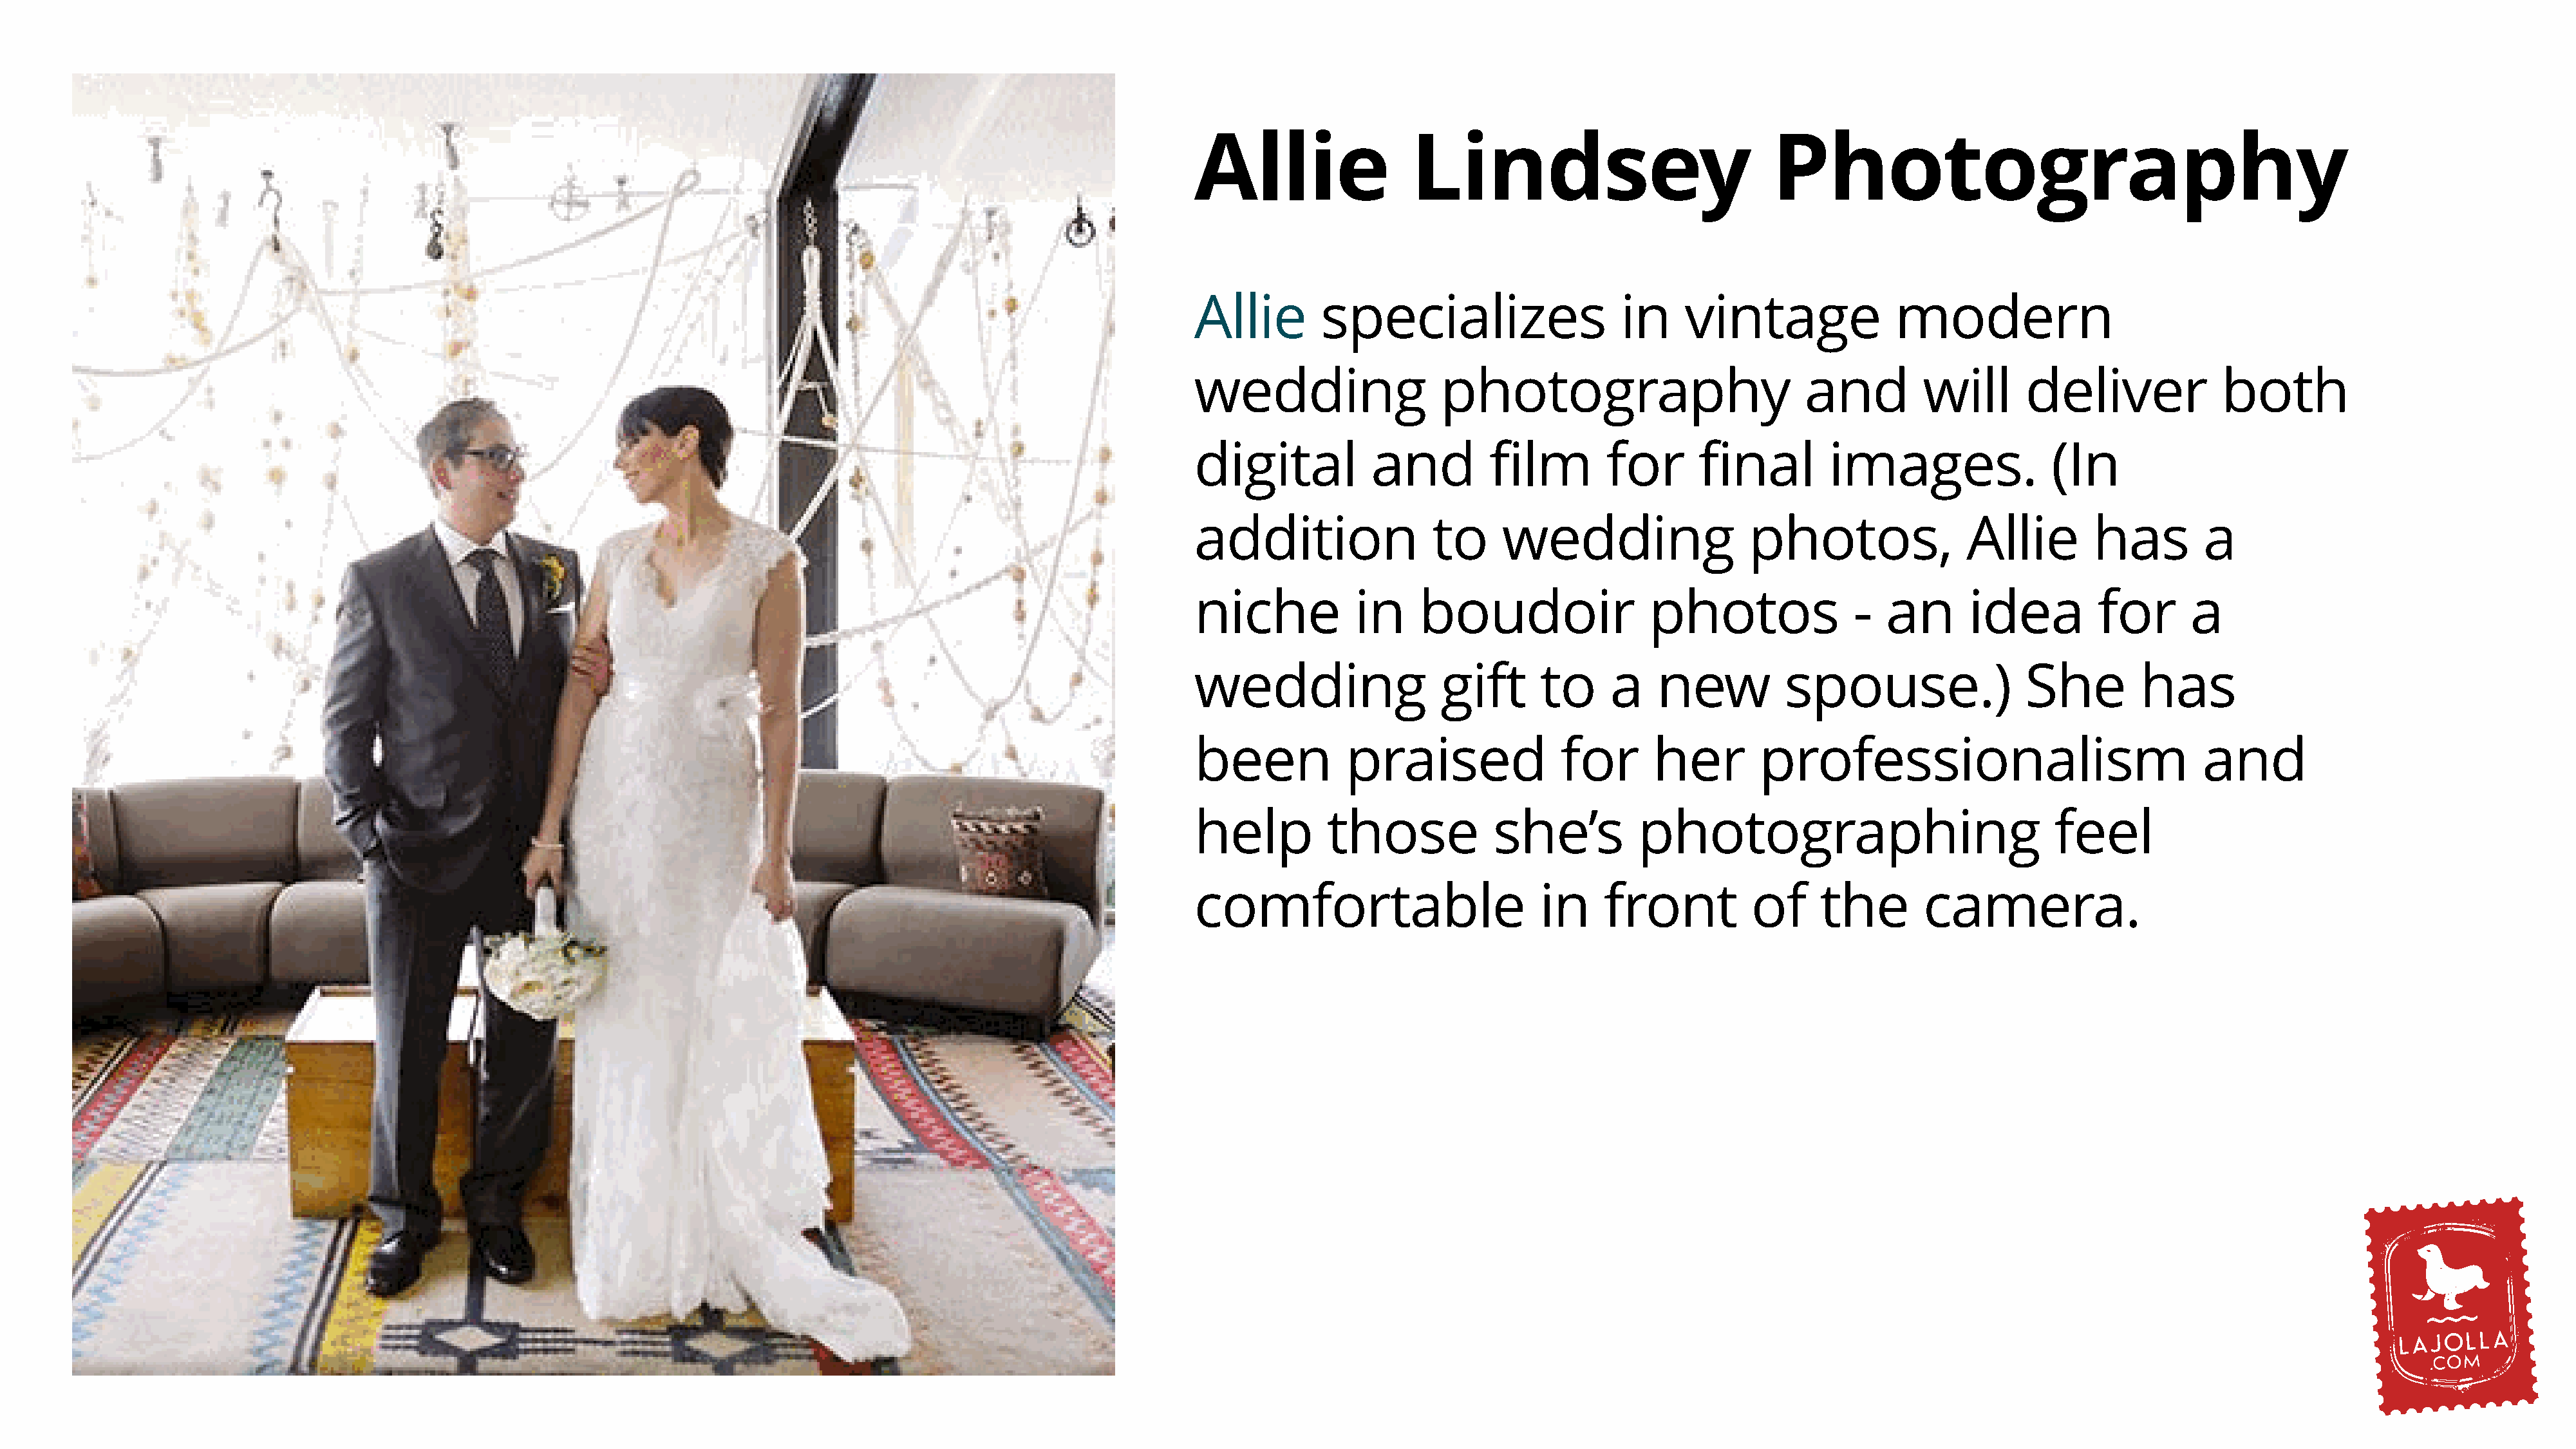
Allie                 Lindsey                              Photography
 Allie        specializes                    in    vintage               modern
 wedding                  photography                          and          will      deliver             both
 digital           and         film        for       final        images.                (In
 addition                to     wedding                   photos,               Allie        has        a
 niche           in     boudoir                 photos               -  an      idea          for      a
 wedding                  gift      to      a   new          spouse.)                 She         has
 been           praised               for       her        professionalism                              and
 help         those            she’s          photographing                              feel
 comfortable                        in     front          of     the        camera.